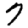
Digit: 7